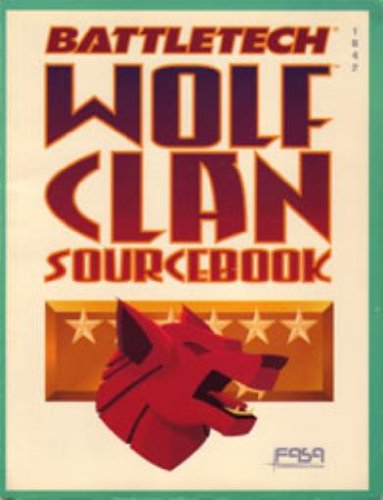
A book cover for Battletech Wolf Clan Sourcebook; FASA Corporation; Science Fiction & Fantasy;